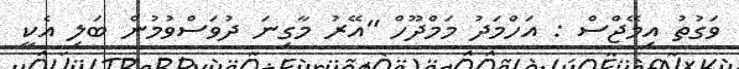
ވަގުތު އިމޭޖްސް : އަހްމަދު މަމްދޫހް "އޭރު މާގިނަ ދުވަސްވުމުން ބަލި އެކީ